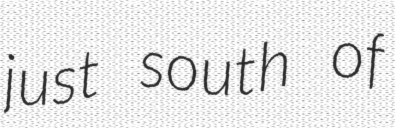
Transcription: just south of